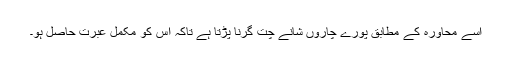
اسے محاورہ کے مطابق پورے چاروں شانے چت گرنا پڑتا ہے تاکہ اس کو مکمل عبرت حاصل ہو۔